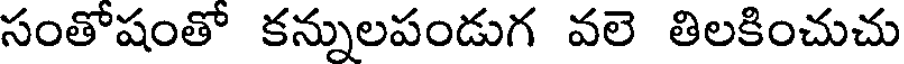
సంతోషంతో కన్నులపండుగ వలె తిలకించుచు